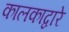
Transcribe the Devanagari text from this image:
कालकाद्वारे